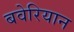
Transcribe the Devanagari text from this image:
बवेरियान